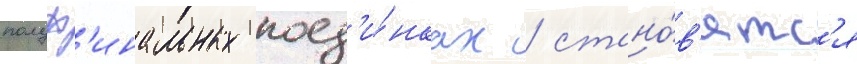
полуф'инальных поед'и́нках / стано́в'ятс'я